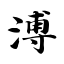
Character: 溥